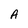
Character: A